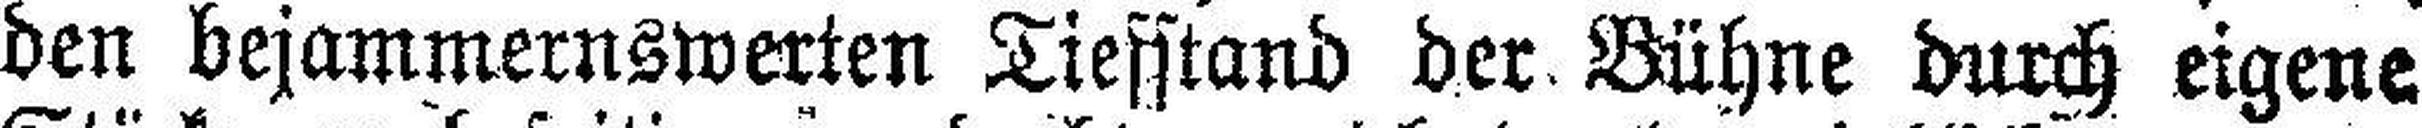
den bejammernswerten Tiefstand der Bühne durch eigene